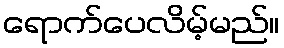
ရောက်ပေလိမ့်မည်။